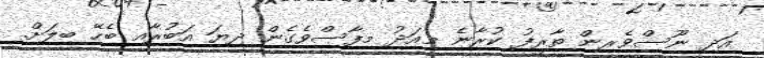
އަދި ނޫސްވެރިން ތާރީފު ކުރާނެ މިއަދު މިފާސްވެގެން ދިޔަ އަބުރާއި ބެހޭ ބިލަށް.